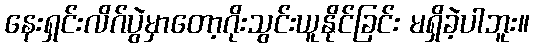
နေးရှင်းလိဂ်ပွဲမှာတော့ဂိုးသွင်းယူနိုင်ခြင်း မရှိခဲ့ပါဘူး။